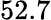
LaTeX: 52.7